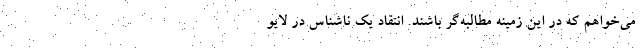
می‌خواهم که در این زمینه مطالبه‌گر باشند. انتقاد یک ناشناس در لایو